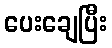
ပေးချေပြီး